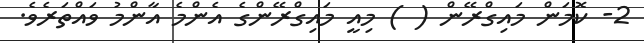
2- ކޮމަން މައިގްރޭން ( ) މިއީ މައިގްރޭންގެ އެންމެ އާންމު ވައްތަރެވެ.